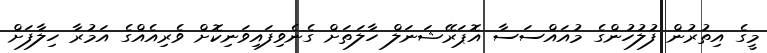
މީގެ އިތުރުން ފުލުހުންގެ މުއައްސަސާ އޮޕަރޭޝަނަލް ހާލަތަށް ގެނެވިފައިވަނިކޮށް ވެރިއެއްގެ އަމުރާ ހިލާފަށް